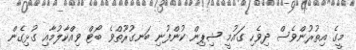
މީގެ އިތުރުންވެސް ދިވެހި ގައުމީ ޝިޕިން ކުންފުނި ބަނގުރޫތްވެ ބޯޓް ވިއްކާލުމާއި ގުޅިގެން